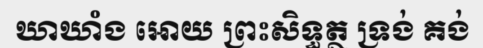
ឃាឃាំង អោយ ព្រះសិទ្ធត្ថ ទ្រង់ គង់